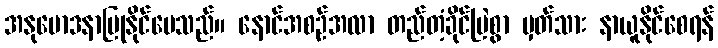
အနုမောဒနာပြုနိုင်ပေသည်။ နောင်အစဉ်အလာ တည်တံ့ခိုင်မြဲစွာ မှတ်သား နာယူနိုင်စေရန်